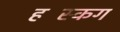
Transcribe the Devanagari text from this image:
हस्किंग